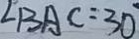
\angle B A C = 3 0